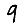
Digit: 9